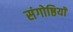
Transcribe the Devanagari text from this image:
संगोष्ठियॉ